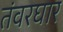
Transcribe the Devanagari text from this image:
तंवरघार